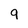
Character: 9